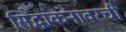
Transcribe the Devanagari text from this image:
सिद्धांकनावरची